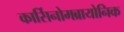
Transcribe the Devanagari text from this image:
कार्सिनोमब्रायोनिक